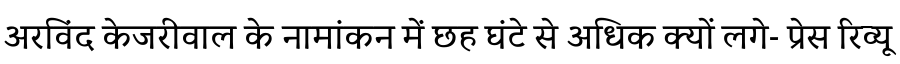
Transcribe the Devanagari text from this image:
अरविंद केजरीवाल के नामांकन में छह घंटे से अधिक क्यों लगे- प्रेस रिव्यू